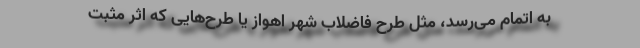
به اتمام می‌رسد، مثل طرح فاضلاب شهر اهواز یا طرح‌هایی كه اثر مثبت